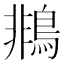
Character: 𪂞